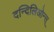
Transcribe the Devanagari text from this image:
दन्दिलिओन्स्